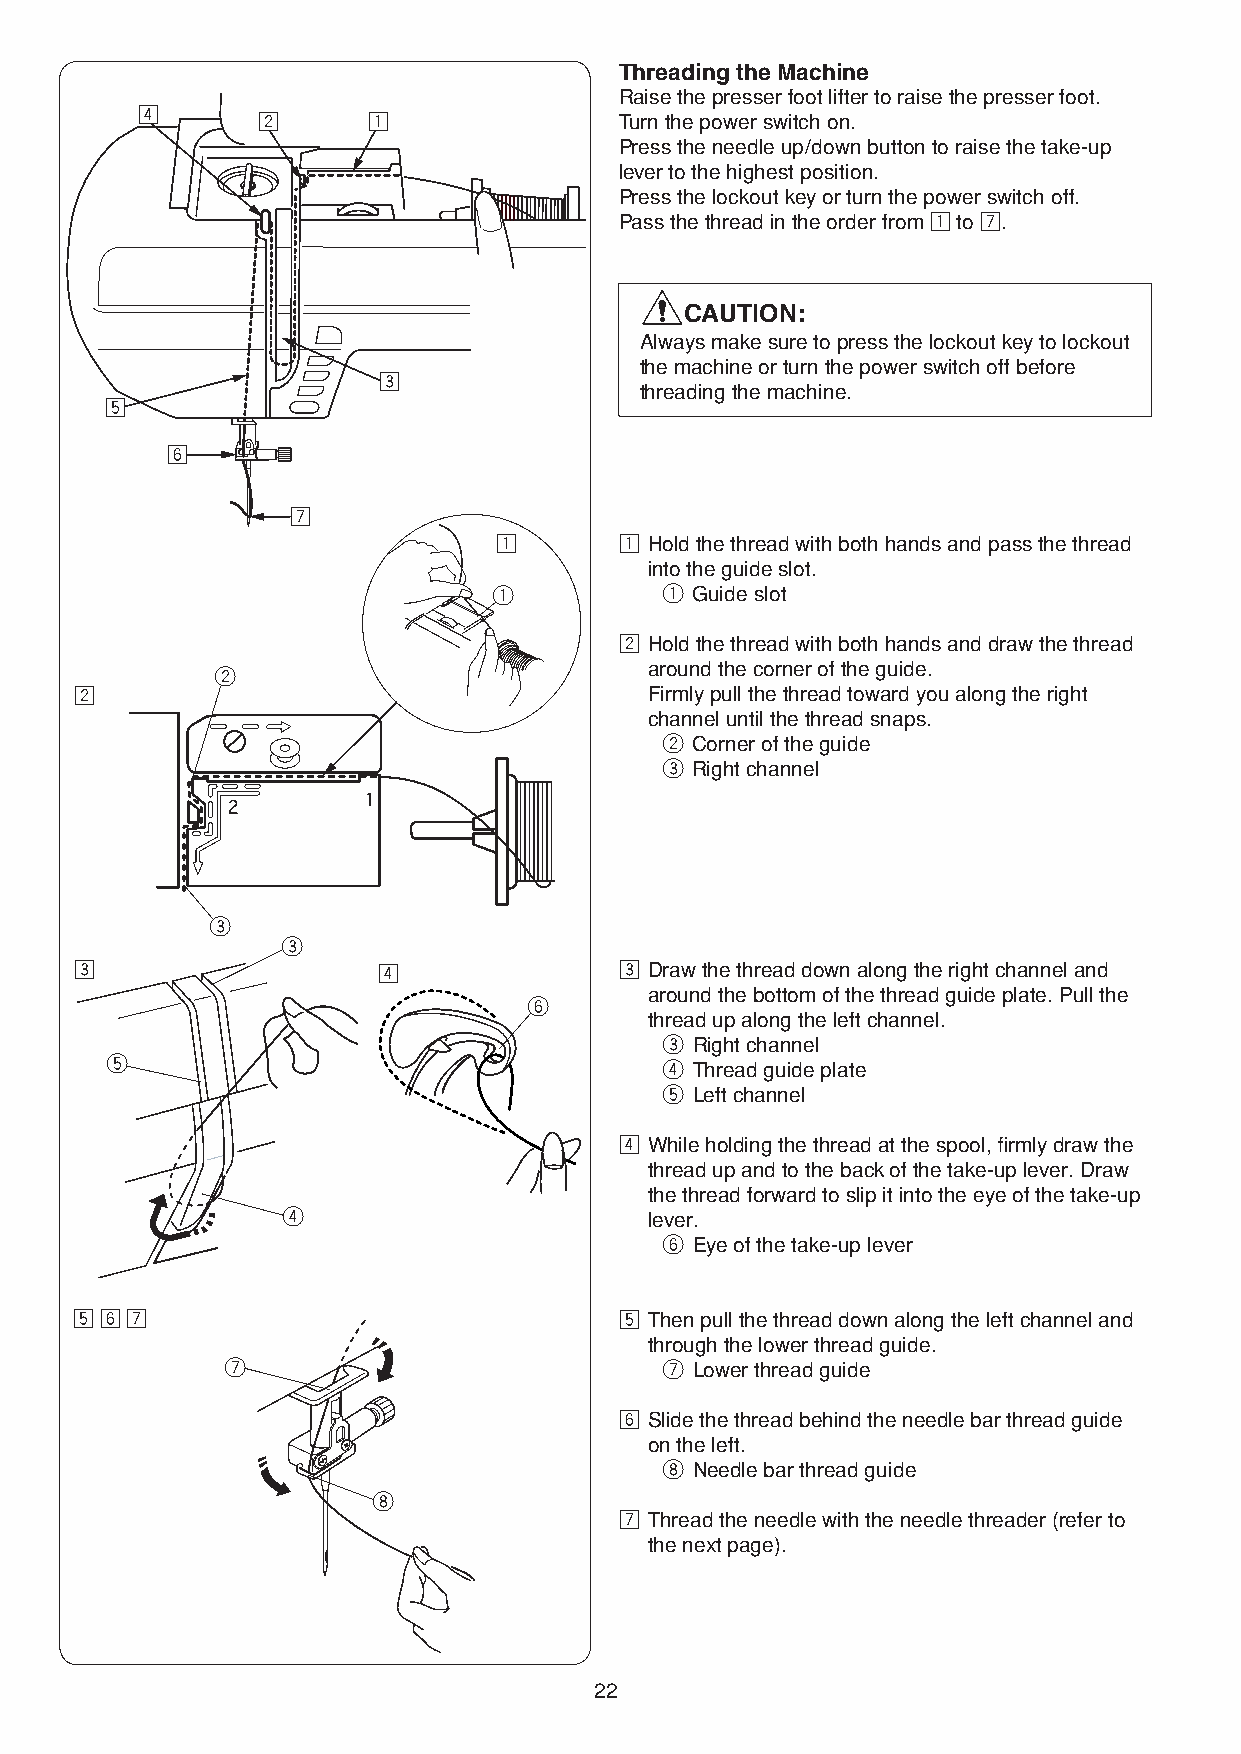
Threading the Machine
 Raise the presser foot lifter to raise the presser foot.
 v
 x      z                Turn the power switch on.
 Press the needle up/down button to raise the take-up
 lever to the highest position.
 Press the lockout key or turn the power switch off.
 Pass the thread in the order from z to m.
 CAUTION:
 Always make sure to press the lockout key to lockout
 the machine or turn the power switch off before
 c
 threading the machine.
 b
 n
 m
 z       z Hold the thread with both hands and pass the thread
 into the guide slot.
 q          q Guide slot
 x Hold the thread with both hands and draw the thread
 w                            around the corner of the guide.
 x                                     Firmly pull the thread toward you along the right
 channel until the thread snaps.
 w Corner of the guide
 e Right channel
 e
 e
 c                   v               c Draw the thread down along the right channel and
 around the bottom of the thread guide plate. Pull the
 y
 thread up along the left channel.
 e Right channel
 t
 r Thread guide plate
 t Left channel
 v While holding the thread at the spool, firmly draw the
 thread up and to the back of the take-up lever. Draw
 the thread forward to slip it into the eye of the take-up
 r                       lever.
 y Eye of the take-up lever
 b n m                               b Then pull the thread down along the left channel and
 through the lower thread guide.
 u                            u Lower thread guide
 n Slide the thread behind the needle bar thread guide
 on the left.
 i Needle bar thread guide
 i
 m Thread the needle with the needle threader (refer to
 the next page).
 22